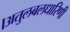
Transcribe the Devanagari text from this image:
।अतुलबलधारिणी